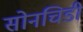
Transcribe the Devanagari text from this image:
सोनचिडी